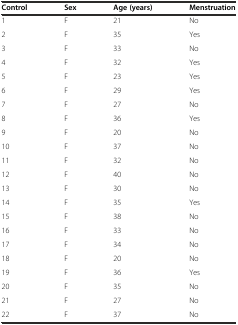
| Control | Sex | Age (years) | Menstruation |
 | --- | --- | --- | --- |
 | 1 | F | 21 | No |
 | 2 | F | 35 | Yes |
 | 3 | F | 33 | No |
 | 4 | F | 32 | Yes |
 | 5 | F | 23 | Yes |
 | 6 | F | 29 | Yes |
 | 7 | F | 27 | No |
 | 8 | F | 36 | Yes |
 | 9 | F | 20 | No |
 | 10 | F | 37 | No |
 | 11 | F | 32 | No |
 | 12 | F | 40 | No |
 | 13 | F | 30 | No |
 | 14 | F | 35 | Yes |
 | 15 | F | 38 | No |
 | 16 | F | 33 | No |
 | 17 | F | 34 | No |
 | 18 | F | 20 | No |
 | 19 | F | 36 | Yes |
 | 20 | F | 35 | No |
 | 21 | F | 27 | No |
 | 22 | F | 37 | No |